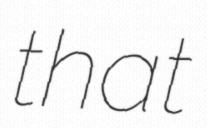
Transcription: that